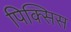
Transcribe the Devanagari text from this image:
पिक्सिस